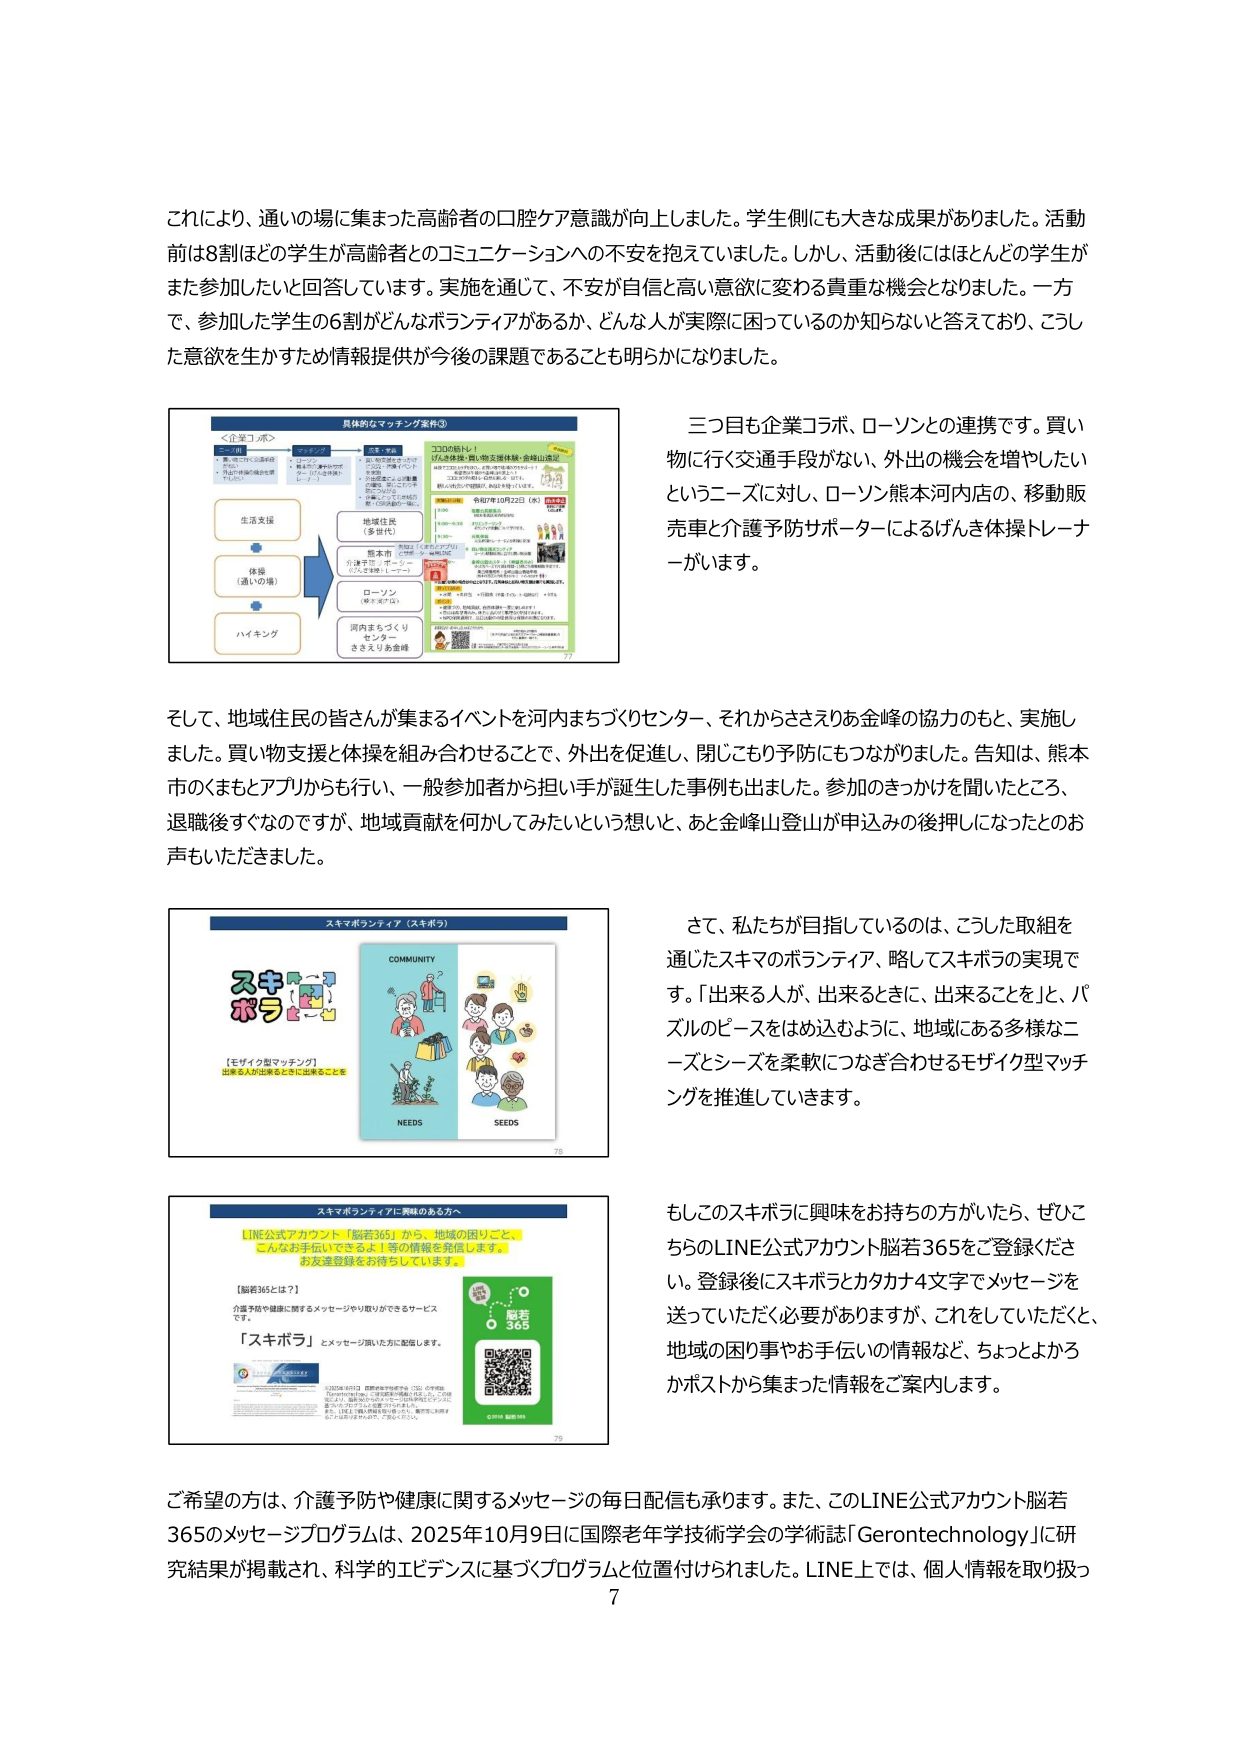
これにより、通いの場に集まった高齢者の口腔ケア意識が向上しました。学生側にも大きな成果がありました。活動前は8割ほどの学生が高齢者とのコミュニケーションへの不安を抱えていました。しかし、活動後にはほとんどの学生がまた参加したいと回答しています。実施を通じて、不安が自信と高い意欲に変わる貴重な機会となりました。一方で、参加した学生の6割がどんなボランティアがあるか、どんな人が実際に困っているのか知らないと答えており、こうした意欲を生かすため情報提供が今後の課題であることも明らかになりました。

具体的なマッチング案件③
＜企業コラボ＞
・ローソン
・熊本市
・河内まちづくりセンター
・ささえりあ金峰

生活支援
体操（通いの場）
ハイキング

地域住民（多世代）
熊本市
介護予防・ポータル
「八犬子健康」ローソン
ローソン
（琴平支店）
河内まちづくり
センター
ささえりあ金峰

3300名以上
「八犬子健康」買い物支援体験・金峰山遠足
※熊本市の高齢者支援事業として、買い物支援体験や金峰山遠足を実施。
※ローソン熊本河内店にて、買い物支援体験を実施。
※金峰山遠足は、熊本市の高齢者支援事業として、2023年10月22日（日）に実施。
※参加者：3300名以上（熊本市、ローソン、ささえりあ金峰、河内まちづくりセンター、地域住民）

令和7年10月22日（日）
金峰山遠足
・参加者：3300名以上
・熊本市、ローソン、ささえりあ金峰、河内まちづくりセンター、地域住民
・金峰山遠足は、熊本市の高齢者支援事業として、2023年10月22日（日）に実施。
・参加者：3300名以上（熊本市、ローソン、ささえりあ金峰、河内まちづくりセンター、地域住民）
・金峰山遠足は、熊本市の高齢者支援事業として、2023年10月22日（日）に実施。
・参加者：3300名以上（熊本市、ローソン、ささえりあ金峰、河内まちづくりセンター、地域住民）

三つ目も企業コラボ、ローソンとの連携です。買い物に行く交通手段がない、外出の機会を増やしたいというニーズに対し、ローソン熊本河内店の、移動販売車と介護予防サポーターによるげんき体操トレーナーがいます。

そして、地域住民の皆さんが集まるイベントを河内まちづくりセンター、それからささえりあ金峰の協力のもと、実施しました。買い物支援と体操を組み合わせることで、外出を促進し、閉じこもり予防にもつながりました。告知は、熊本市のくまもとアプリからも行い、一般参加者から担い手が誕生した事例も出ました。参加のきっかけを聞いたところ、退職後すぐなのですが、地域貢献を何かしてみたいという想いと、あと金峰山登山が申込みの後押しになったとのお声もいただきました。

スキマボランティア（スキボラ）
ス キ ポ ラ
【モザイク型マッチング】
出来る人が出来るときに出来るこ とを

COMMUNITY
NEEDS
SEEDS

さて、私たちが目指しているのは、こうした取組を通じたスキマのボランティア、略してスキボラの実現です。「出来る人が、出来るときに、出来ることを」、パズルのピースをはめ込むように、地域にある多様なニーズとシーズを柔軟につなぎ合わせるモザイク型マッチングを推進していきます。

スキマボランティアに興味のある方へ
LINE公式アカウント「脳若365」から、地域の困りごと、こんなお手伝いできるよ！等の情報を発信します。お友達登録をお待ちしています。

【脳若365とは？】
介護予防や健康に関するメッセージや取り組みができるサービスです。
「スキボラ」とメッセージ頂いた方に配信します。

脳若
365
© 2024 脳若365

もしこのスキボラに興味をお持ちの方でしたら、ぜひこちらのLINE公式アカウント脳若365をご登録ください。登録後にスキボラとカタカナ4文字でメッセージを送っていただく必要がありますが、これをしていただくと、地域の困り事やお手伝いの情報など、ちょっとよかろかポストから集まった情報をご案内します。

ご希望の方は、介護予防や健康に関するメッセージの毎日配信も承ります。また、このLINE公式アカウント脳若365のメッセージプログラムは、2025年10月9日に国際老年年学技術学会の学術誌「Gerontechnology」に研究結果が掲載され、科学的エビデンスに基づくプログラムと位置付けられました。LINE上では、個人情報を取り扱っ

7